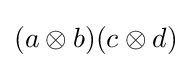
(a\otimes b)(c\otimes d)